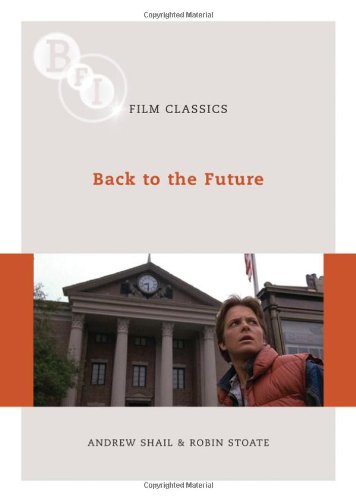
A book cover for Back to the Future (BFI Film Classics); Andrew Shail; Humor & Entertainment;